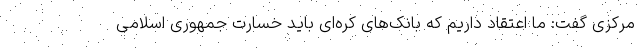
مرکزی گفت: ما اعتقاد داریم که بانک‌های کره‌ای باید خسارت جمهوری اسلامی